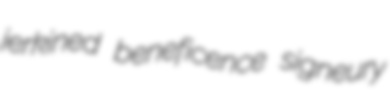
jerkined beneficence signeury